Indian journal of veterinary science and animal husbandry - Volume 8,
Year: 1938
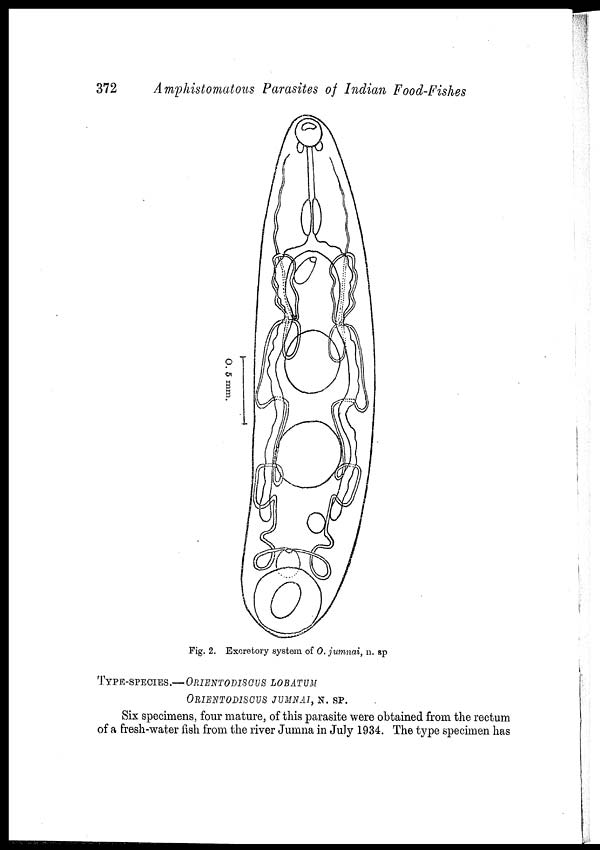
372
Amphistomatous Parasites of Indian Food-Fishes
Fig. 2. Excretory system of O. jumnai, n. sp
TYPE-SPECIES.—ORIENTODISCUS LOBATUM
ORIENTODISCUS JUMNAI, N. SP.
Six specimens, four mature, of this parasite were obtained from the rectum
of a fresh-water fish from the river Jumna in July 1934. The type specimen has